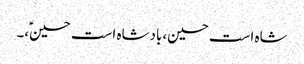
شاہ است حسین،بادشاہ است حسینؑ،۔